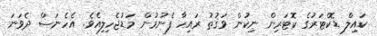
ކައިލް ޑޮކްޓަރުގެ ކޮޓަރިން ނިކުން ވަޤުތު ރައިހާ ފެނުމުން މަޑުޖެހިލިއެވެ. އެހެނަސް ދެވަނަ